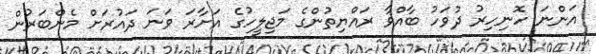
އަންނަ ހޮނިހިރު ދުވަހު ބާއްވާ ރައްޔިތުންގެ މަޖިލީހުގެ އަށާރަ ވަނަ ދައުރަށް މެންބަރުން